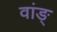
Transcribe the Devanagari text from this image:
वांङ्‌